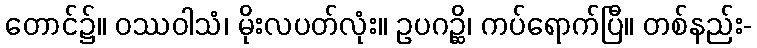
တောင်၌။ ဝဿဝါသံ၊ မိုးလပတ်လုံး။ ဥပဂဉ္ဆိ၊ ကပ်ရောက်ပြီ။ တစ်နည်း-